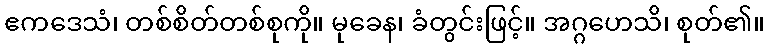
ဧကဒေသံ၊ တစ်စိတ်တစ်စုကို။ မုခေန၊ ခံတွင်းဖြင့်။ အဂ္ဂဟေသိ၊ စုတ်၏။